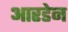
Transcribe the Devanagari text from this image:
आरडेन